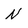
Character: N